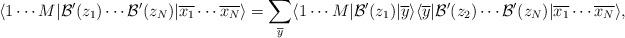
LaTeX: \begin{align*}\langle 1 \cdots M|\mathcal{B}^\prime(z_1)\cdots \mathcal{B}^\prime(z_N)|\overline{x_1} \cdots\overline{x_N} \rangle=\sum_{\overline{y}}\langle 1 \cdots M|\mathcal{B}^\prime(z_1)|\overline{y} \rangle\langle \overline{y}|\mathcal{B}^\prime(z_2) \cdots \mathcal{B}^\prime(z_N)|\overline{x_1} \cdots\overline{x_N} \rangle,\end{align*}